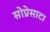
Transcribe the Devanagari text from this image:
सोप्रेसाटा